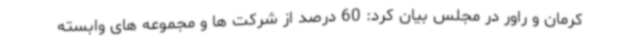
کرمان و راور در مجلس بیان کرد: 60 درصد از شرکت ها و مجموعه های وابسته